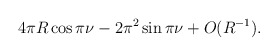
\begin{align*}4\pi R\cos\pi \nu-2\pi^2\sin\pi\nu+O(R^{-1}).\end{align*}